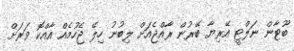
ބޫޓާން ނަލްޓީ އޭރިޔާ ބޭރުން ރާއްޖެއަށް ލިބުނު ހިލޭ ޖެހުމެއް އާއްކޮ ވަރަށް